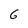
Character: 6